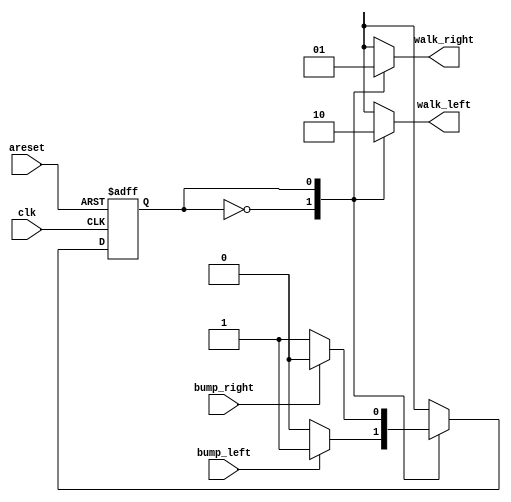
module top_module(
    input clk,
    input areset,    // Freshly brainwashed Lemmings walk left.
    input bump_left,
    input bump_right,
    output walk_left,
    output walk_right); //  

    // parameter LEFT=0, RIGHT=1, ...
    reg walk_left_reg;
    reg walk_right_reg;
    reg state, next_state;
    parameter S1 = 1'b0;//
    parameter S2 = 1'b1;//
    always @(*) begin
        // State transition logic
         case (state)
            S1:begin
                if(bump_left)begin
                    next_state = S2;
                end
                else begin
                    next_state = S1;
                end
                walk_left_reg = 1'b1;
                walk_right_reg = 1'b0;
            end
            S2:begin
                if(bump_right)begin
                    next_state = S1;
                end
                else begin
                    next_state = S2;
                end
                walk_left_reg = 1'b0;
                walk_right_reg = 1'b1;
            end
            default:begin
                next_state = S1;
                walk_left_reg = walk_left_reg;
                walk_right_reg = walk_right_reg;
            end
        endcase
    end

    always @(posedge clk, posedge areset) begin
        // State flip-flops with asynchronous reset
        if(areset)begin
            state <= S1;
    end
        else begin
            state <= next_state;
        end
    end
    // Output logic
    // assign walk_left = (state == ...);
    // assign walk_right = (state == ...);
    assign walk_left = walk_left_reg;
    assign walk_right = walk_right_reg;

endmodule